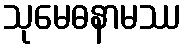
သုမေဓနာမဿ